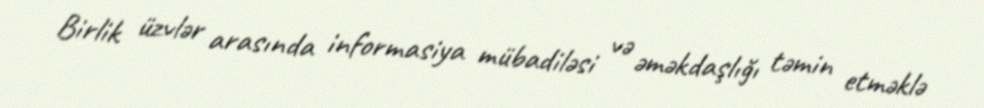
Birlik üzvlər arasında informasiya mübadiləsi və əməkdaşlığı təmin etməklə